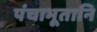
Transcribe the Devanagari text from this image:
पंचाभूतानि